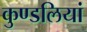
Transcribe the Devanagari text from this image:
कुण्‍डलियां